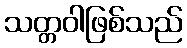
သတ္တဝါဖြစ်သည်